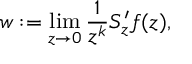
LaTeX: w : = \operatorname * { l i m } _ { z \to 0 } \frac { 1 } { z ^ { k } } S _ { z } ^ { \prime } f ( z ) ,